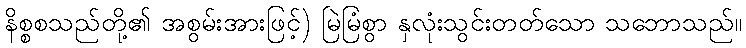
နိစ္စစသည်တို့၏ အစွမ်းအားဖြင့်) မြဲမြံစွာ နှလုံးသွင်းတတ်သော သဘောသည်။